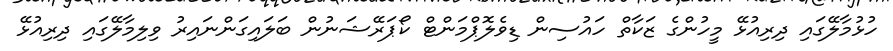
ހުޅުމާލޭގައި ދިރިއުޅޭ މީހުންގެ ޒަކާތް ހައުސިން ޑިވެލޮޕްމަންޓް ކޯޕަރޭޝަނުން ބަލައިގަންނައިރު ވިލިމާލޭގައި ދިރިއުޅޭ